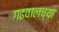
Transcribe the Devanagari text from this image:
गढवालच्या